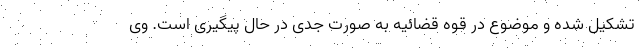
تشکیل شده و موضوع در قوه قضائیه به صورت جدی در حال پیگیری است. وی